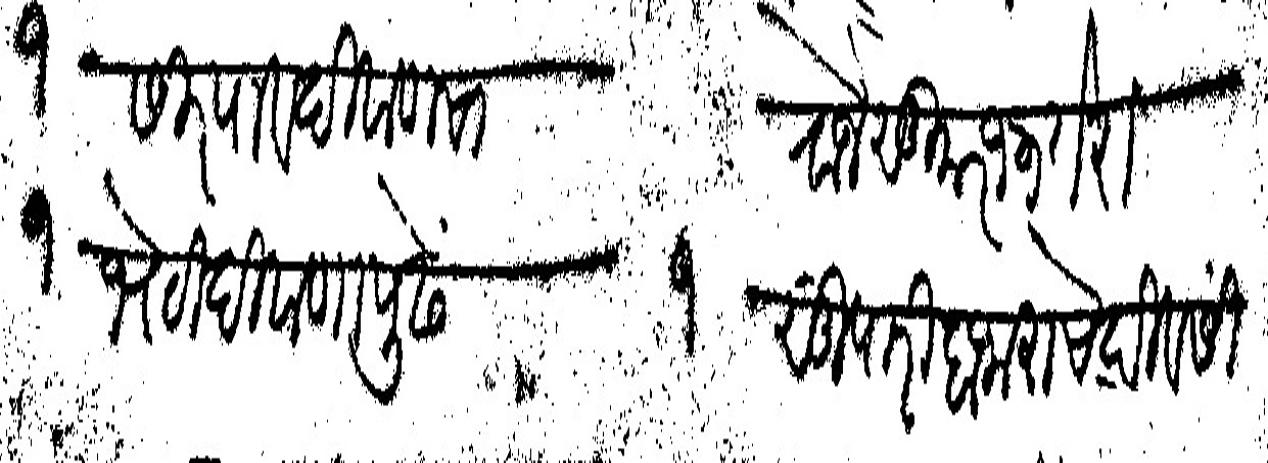
Transliteration (Devanagari): १ सिरपाव दिवाणचा		रोज सुमार १३ तेरा १ भेटी दिवाणापुढें		१ सुपारी बाजाराचे दिवसीं